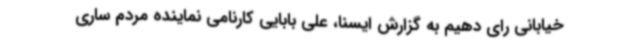
خیابانی رای دهیم به گزارش ایسنا، علی بابایی کارنامی نماینده مردم ساری